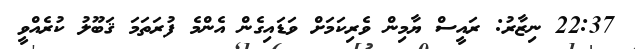
22:37 ނިޒާރު: ރައީސް ޔާމިން ވެރިކަމަށް ވަޑައިގެން އެންމެ ފުރަތަމަ ޤަބޫލު ކުރެއްވީ